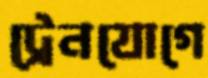
ট্রেনযোগে